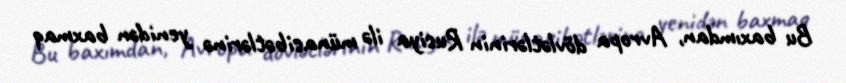
Bu baxımdan, Avropa dövlətlərinin Rusiya ilə münasibətlərinə yenidən baxmaq